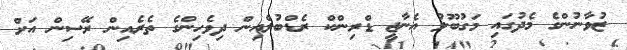
ޒުވާނުންގެ މެދުގައި މަގުބޫލު އެނާޖީ ޑްރިންކް ރެޑްބުލްއިން ދިވެހިންގެ ތެރެއިން ރޭސިން އަށް